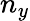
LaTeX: n_{y}